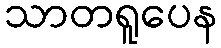
သာတရူပေန